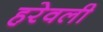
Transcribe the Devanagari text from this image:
हरेवली